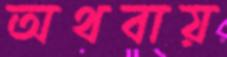
অথবায়